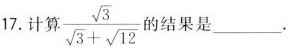
$$\frac { \sqrt{ 3 } } { \sqrt { 3 }+ \sqrt { 1 2 } }$$ .计算 的结果是___。